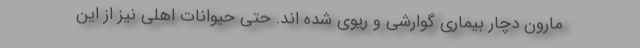
مارون دچار بیماری گوارشی و ریوی شده اند. حتی حیوانات اهلی نیز از این